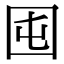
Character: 囤